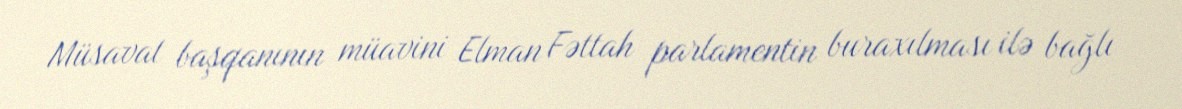
Müsavat başqanının müavini Elman Fəttah parlamentin buraxılması ilə bağlı